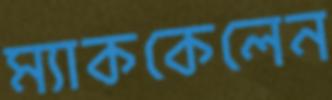
ম্যাককেলেন